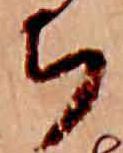
ち